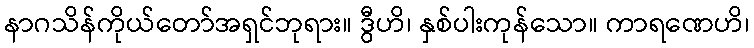
နာဂသိန်ကိုယ်တော်အရှင်ဘုရား။ ဒွီဟိ၊ နှစ်ပါးကုန်သော။ ကာရဏေဟိ၊